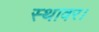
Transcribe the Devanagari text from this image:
स्थावर।